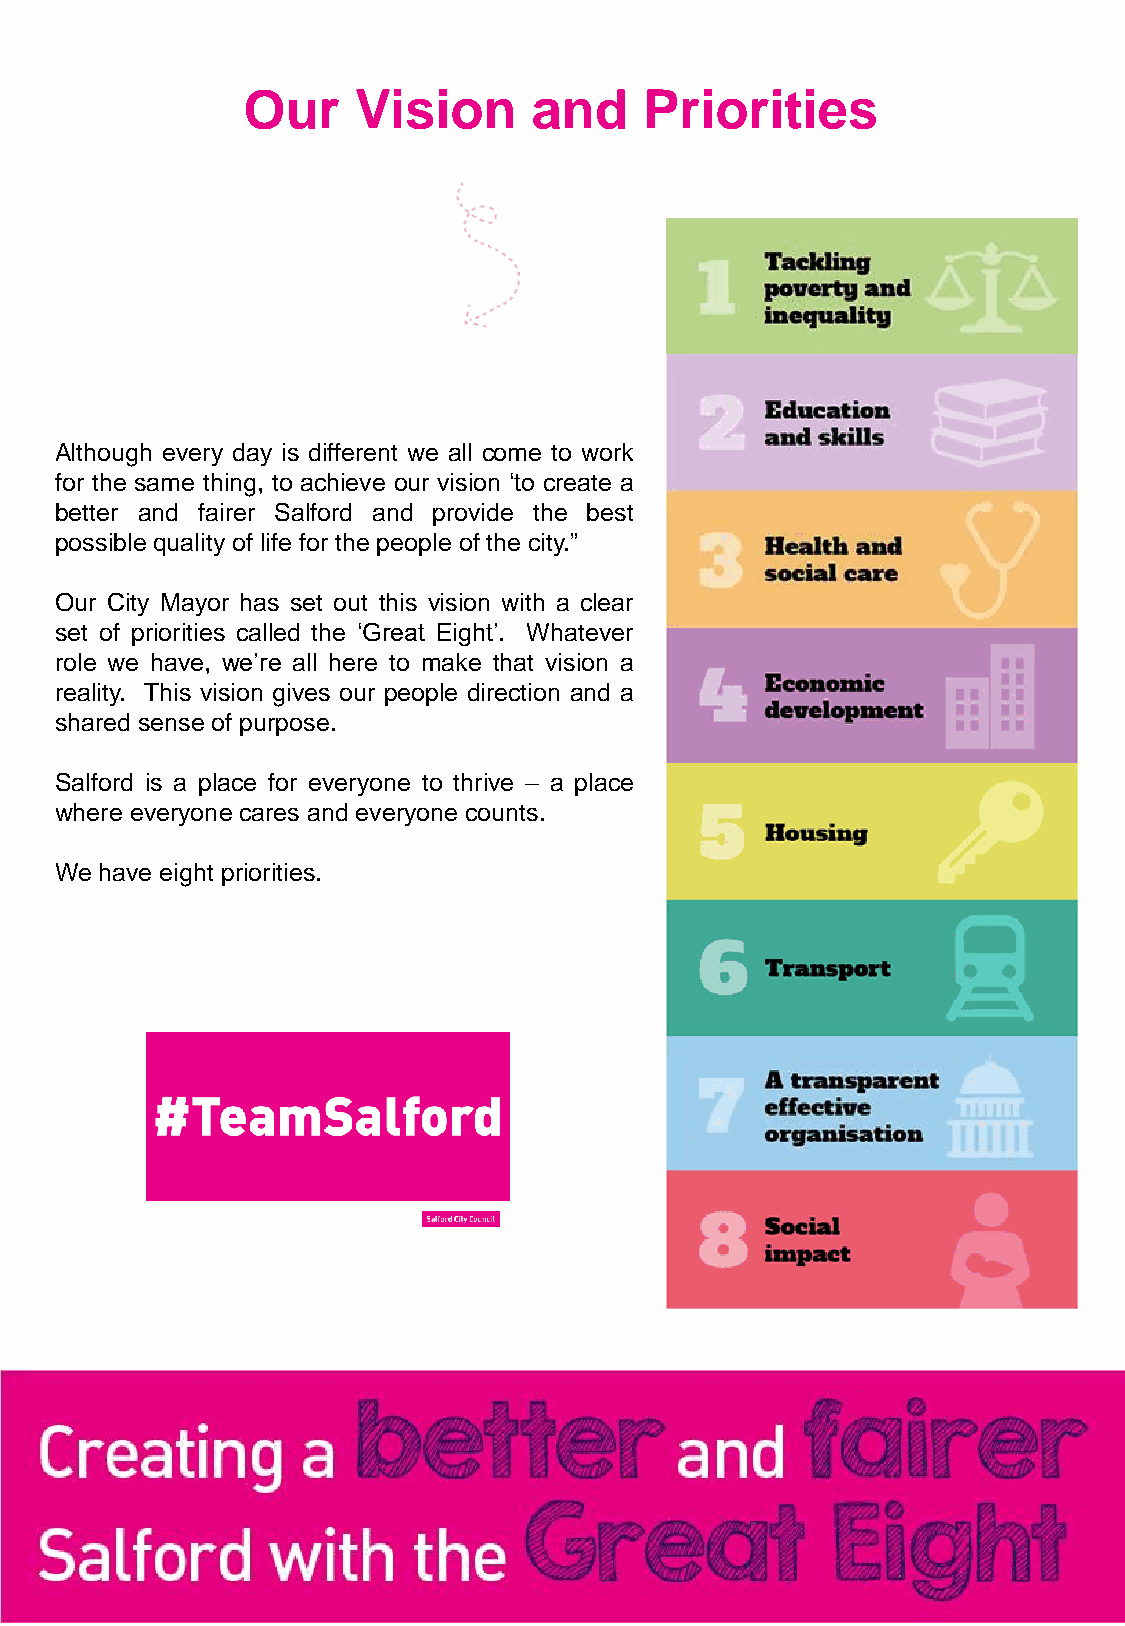
Our    Vision      and     Priorities
 Although every day is different we all come to work
 for the same thing, to achieve our vision ‘to create a
 better and fairer Salford and provide the best
 possible quality of life for the people of the city.”
 Our City Mayor has set out this vision with a clear
 set of priorities called the ‘Great Eight’. Whatever
 role we have, we’re all here to make that vision a
 reality. This vision gives our people direction and a
 shared sense of purpose.
 Salford is a place for everyone to thrive – a place
 where everyone cares and everyone counts.
 We have eight priorities.